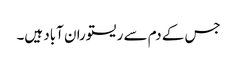
جس کے دم سے ریستوران آباد ہیں۔